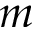
m